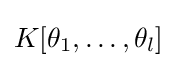
K[\theta _{1},\dots ,\theta _{l}]